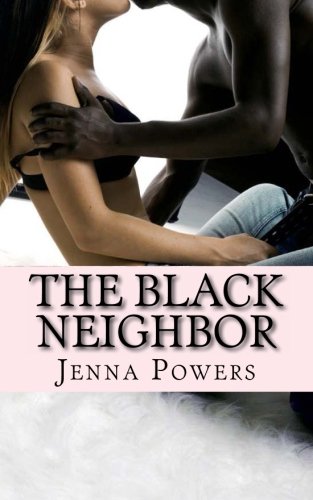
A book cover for The Black Neighbor (Volume 1); Ms. Jenna Powers; Romance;